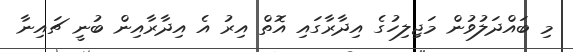
މި ބައްދަލުވުން މަޖިލިހުގެ އިދާރާގައި އޮތް އިރު އެ އިދާރާއިން ބުނީ ޗައިނާ